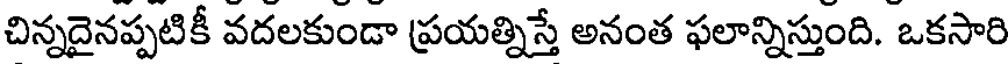
చిన్నదైనప్పటికీ వదలకుండా ప్రయత్నిస్తే అనంత ఫలాన్నిస్తుంది. ఒకసారి